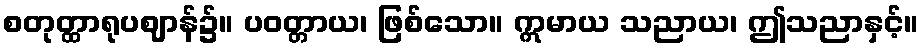
စတုတ္ထာရုပဈာန်၌။ ပဝတ္တာယ၊ ဖြစ်သော။ ဣမာယ သညာယ၊ ဤသညာနှင့်။